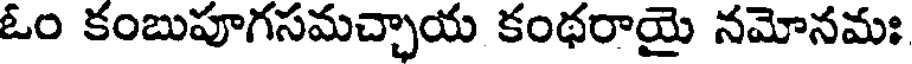
ఓం కంబుపూగసమచ్చాయ కంథరాయై నమోనమః